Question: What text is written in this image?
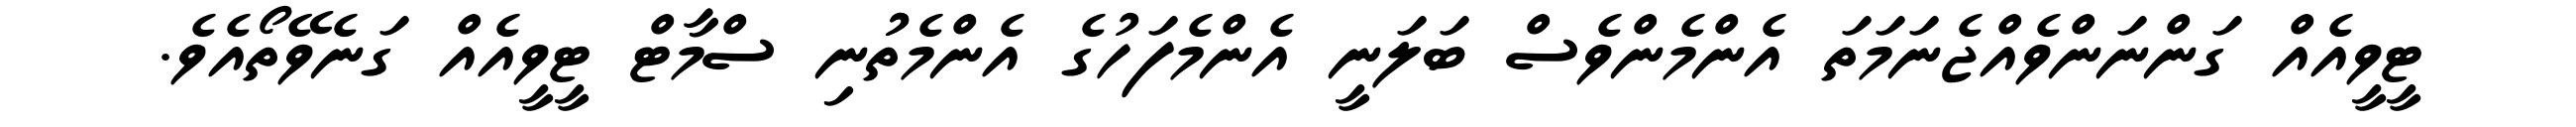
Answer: ޓީވީއެއް ގަންނަންވެއްޖެނަމަތަ އެންމެންވެސް ބަލަނީ އެންމެފަހުގެ އެންމެތުުނި ސްމާޓް ޓީވީއެއް ގަނެވޭތޯއެވެ.